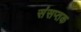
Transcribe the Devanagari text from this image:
संसप्तक